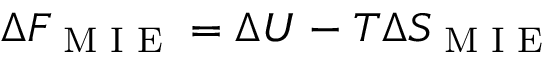
\Delta F _ { \textrm { M I E } } = \Delta U - T \Delta S _ { \textrm { M I E } }